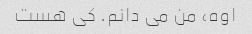
اوه، من می دانم. کی هست